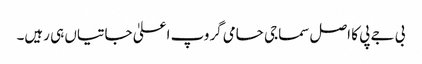
بی جے پی کا اصل سماجی حامی گروپ اعلیٰ جاتیاں ہی رہیں۔